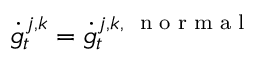
\dot { g } _ { t } ^ { j , k } = \dot { g } _ { t } ^ { j , k , \mathrm { ~ \scriptsize ~ n ~ o ~ r ~ m ~ a ~ l ~ } }